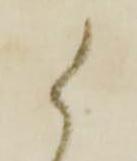
候